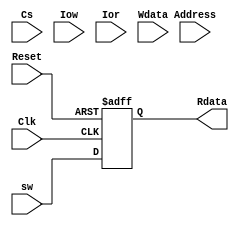
module dev_switches(
input Reset,input [2:0] Address,input Cs,input Clk,input Iow , input Ior ,input [15:0] Wdata,output [15:0] Rdata,input [15:0] sw
);
reg [15:0] Rdata;
always @(posedge Clk or negedge Reset) //Ҫʱӱ ʱûп
    begin
        if(Reset==0)
         begin
            Rdata = 0; 
         end
        else 
            Rdata = sw;
     end
endmodule